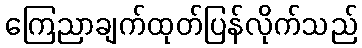
ကြေညာချက်ထုတ်ပြန်လိုက်သည်